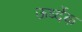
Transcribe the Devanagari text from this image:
ऊर्ध्देक